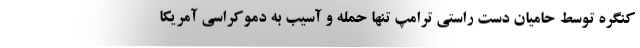
کنگره توسط حامیان دست راستی ترامپ تنها حمله و آسیب به دموکراسی آمریکا